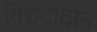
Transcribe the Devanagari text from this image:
विद्युदादान